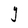
Character: Y